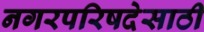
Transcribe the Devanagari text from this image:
नगरपरिषदेसाठी